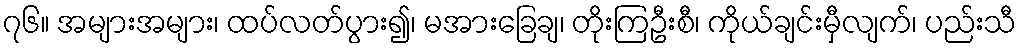
၇၆။ အများအများ၊ ထပ်လတ်ပွား၍၊ မအားခြေချ၊ တိုးကြဦးစီ၊ ကိုယ်ချင်းမှီလျက်၊ ပည်းသီ